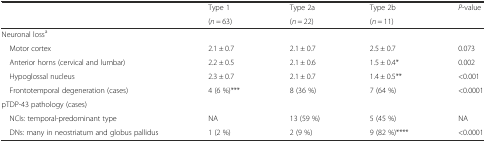
|  | Type 1 | Type 2a | Type 2b | P-value |
 |  | (n = 63) | (n = 22) | (n = 11) |  |
 | --- | --- | --- | --- | --- |
 | Neuronal lossa |  |  |  |  |
 | Motor cortex | 2.1 ± 0.7 | 2.1 ± 0.7 | 2.5 ± 0.7 | 0.073 |
 | Anterior horns (cervical and lumbar) | 2.2 ± 0.5 | 2.1 ± 0.6 | 1.5 ± 0.4* | 0.002 |
 | Hypoglossal nucleus | 2.3 ± 0.7 | 2.1 ± 0.7 | 1.4 ± 0.5** | <0.001 |
 | Frontotemporal degeneration (cases) | 4 (6 %)*** | 8 (36 %) | 7 (64 %) | <0.0001 |
 | pTDP-43 pathology (cases) |  |  |  |  |
 | NCIs: temporal-predominant type | NA | 13 (59 %) | 5 (45 %) | NA |
 | DNs: many in neostriatum and globus pallidus | 1 (2 %) | 2 (9 %) | 9 (82 %)**** | <0.0001 |